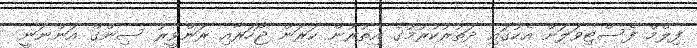
ފިލްމް ފެސްޓިވަލަށް އެކުގައި ދަތުރުކުރުމުގެ އިތުރުން ކަރަން ޖޯހަރާއި ރަންވީރު ސިންގް އަންނަނީ